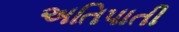
અતિપાતી